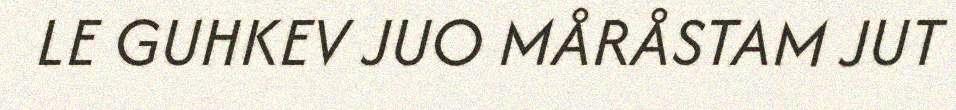
LE GUHKEV JUO MÅRÅSTAM JUT